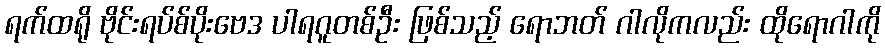
ရက်ထရို ဗိုင်းရပ်စ်ပိုးဗေဒ ပါရဂူတစ်ဦး ဖြစ်သည့် ရောဘတ် ဂါလိုကလည်း ထိုရောဂါကို